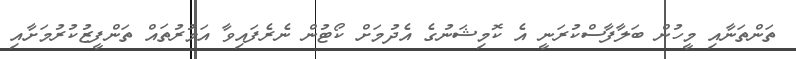
ތަންތަނާއި މީހުން ބަލާފާސްކުރަނީ އެ ކޮމިޝަނުގެ އެދުމަށް ކޯޓުން ނެރެފައިވާ އަމުރުތައް ތަންފީޒުކުރުމަށާއި